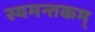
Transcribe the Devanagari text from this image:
स्यमन्तकम्